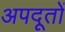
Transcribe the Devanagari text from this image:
अपदूतों